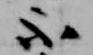
不